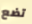
تضع